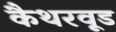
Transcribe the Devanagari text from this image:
कैथरवूड